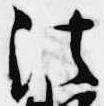
法